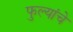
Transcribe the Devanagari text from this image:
फुल्यांचे